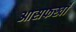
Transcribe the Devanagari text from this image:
आसफखाँ